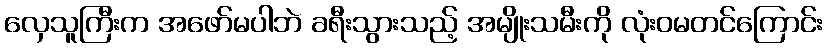
လှေသူကြီးက အဖော်မပါဘဲ ခရီးသွားသည့် အမျိုးသမီးကို လုံးဝမတင်ကြောင်း